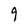
Character: 9